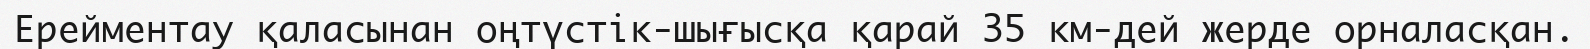
Ерейментау қаласынан оңтүстік-шығысқа қарай 35 км-дей жерде орналасқан.